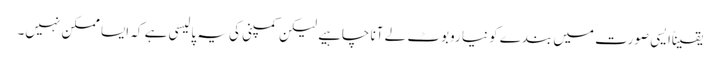
یقیناًایسی صورت میں بندے کو نیا روبوٹ لے آنا چاہیے لیکن کمپنی کی یہ پالیسی ہے کہ ایسا ممکن نہیں۔